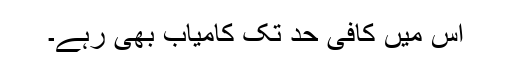
اس میں کافی حد تک کامیاب بھی رہے۔